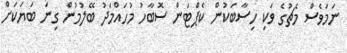
ނަމަވެސް މެޗުގެ ވަކި ހިސާބަކުން ކެޕްޓަން ސޮބާހު މުހައްމަދު ބޭލުމުން ގިނަ ބަޔަކަށް